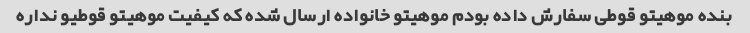
بنده موهیتو قوطی سفارش داده بودم موهیتو خانواده ارسال شده که کیفیت موهیتو قوطیو نداره